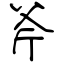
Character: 斧